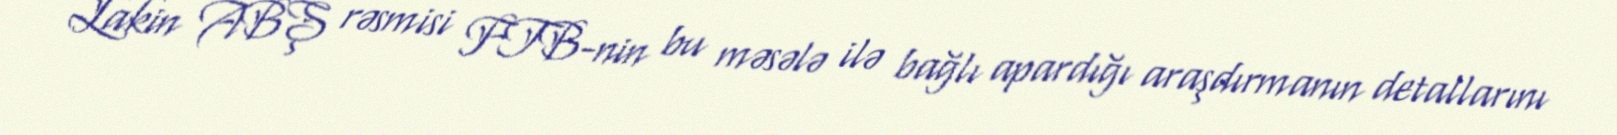
Lakin ABŞ rəsmisi FTB-nin bu məsələ ilə bağlı apardığı araşdırmanın detallarını